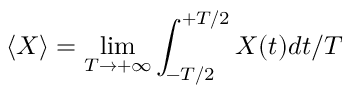
\langle X \rangle = \operatorname* { l i m } _ { T \rightarrow + \infty } \int _ { - T / 2 } ^ { + T / 2 } X ( t ) d t / T